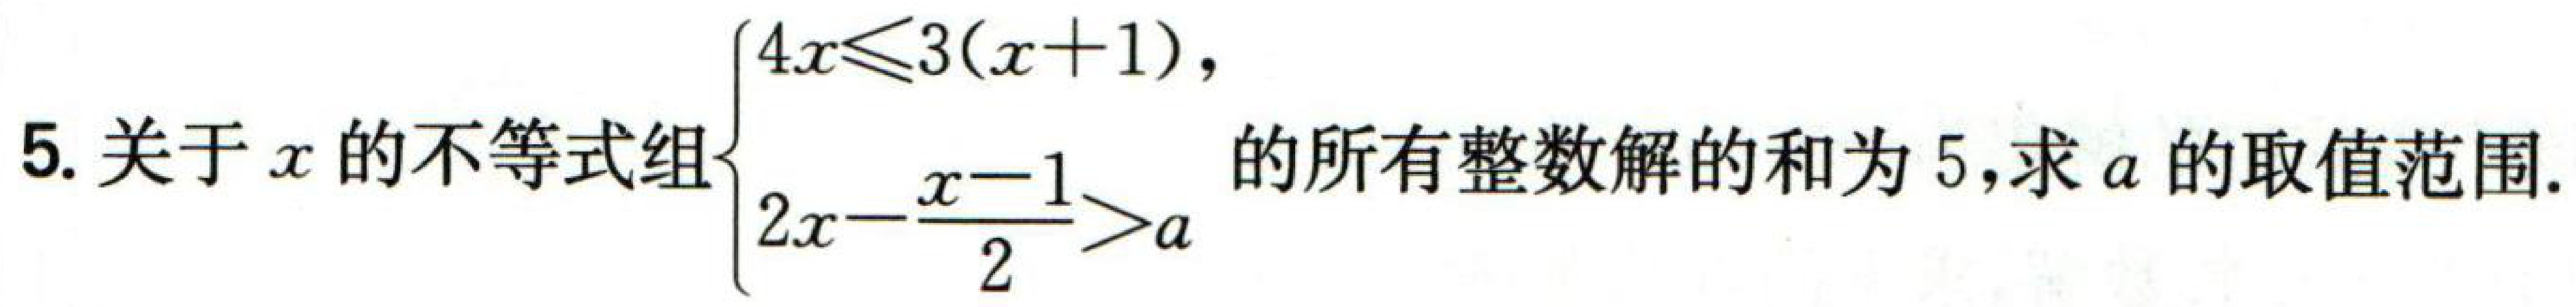
5. 关于\(x\)的不等式组\(\begin{cases}4x\leqslant3(x + 1),\\2x-\dfrac{x - 1}{2}>a\end{cases}\)的所有整数解的和为\(5\)，求\(a\)的取值范围.